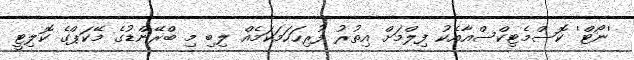
'ނޯޓް' ކޮސްމެޓިކްސްއާއެކު ފިލްމަށް އިތުރު ފުރިހަހަމަކަމެއް ލިބި މި ބްރޭންޑުގެ މޭކަޕްގެ ކޮލިޓީ